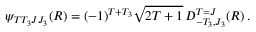
\psi _ { T T _ { 3 } J J _ { 3 } } ( R ) = ( - 1 ) ^ { T + T _ { 3 } } \sqrt { 2 T + 1 } \, D _ { - T _ { 3 } , J _ { 3 } } ^ { T = J } ( R ) \, .